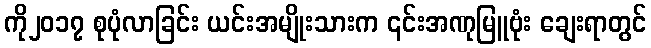
ကို၂၀၁၇ စုပုံလာခြင်း ယင်းအမျိုးသားက ၎င်းအဏုမြူဗုံး ချေးရာတွင်